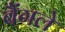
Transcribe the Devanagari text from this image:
बैंगले